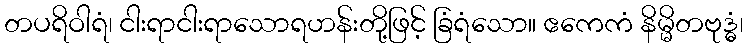
တပရိဝါရံ၊ ငါးရာငါးရာသောရဟန်းတို့ဖြင့် ခြံရံသော။ ဧကေကံ နိမ္မိတဗုဒ္ဓံ၊